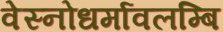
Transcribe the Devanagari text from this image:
वेस्नोधर्मावलम्बि